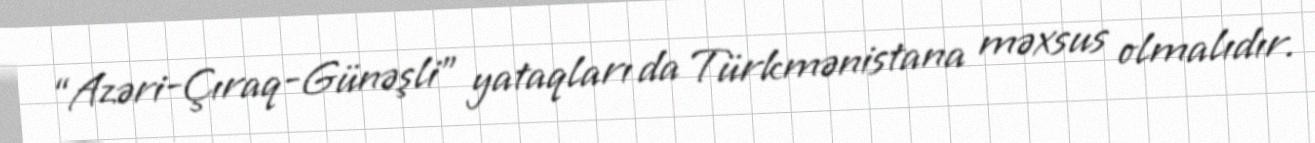
“Azəri-Çıraq-Günəşli” yataqları da Türkmənistana məxsus olmalıdır.